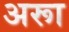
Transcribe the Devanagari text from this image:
अरूा